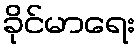
ခိုင်မာရေး